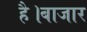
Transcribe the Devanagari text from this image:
है।बाजार